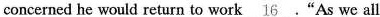
concerned he would return to work \underline{16}."As we all